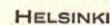
HELSINKI